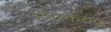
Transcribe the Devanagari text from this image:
मयस्कराय